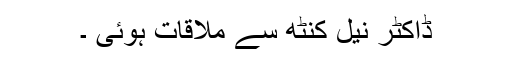
ڈاکٹر نیل کنٹھ سے ملاقات ہوئی ۔